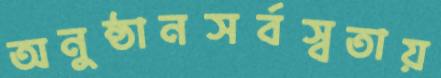
অনুষ্ঠানসর্বস্বতায়